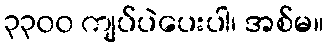
၃၃၀၀ ကျပ်ပဲပေးပါ၊ အစ်မ။